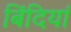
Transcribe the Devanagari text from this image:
बिंदियां